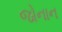
જોનાન